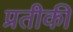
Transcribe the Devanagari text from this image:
प्रतीकी